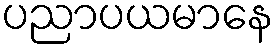
ပညာပယမာနေ